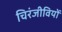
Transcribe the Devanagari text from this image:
चिरंजीवियों